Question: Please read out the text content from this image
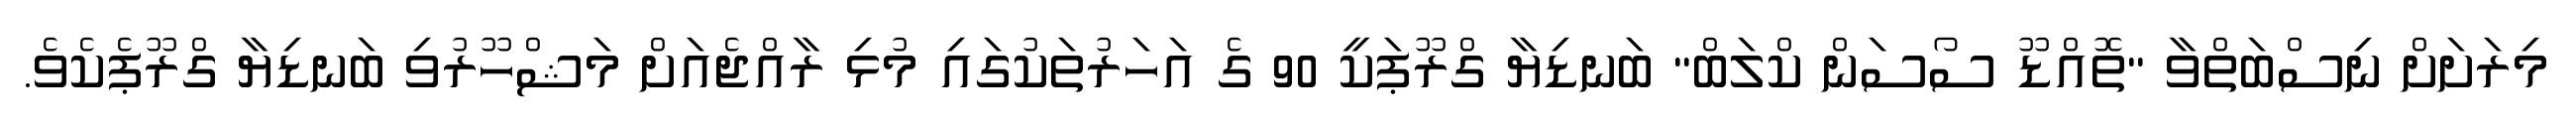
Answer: މިރަށަށް ނިސްބަތްވާ "ތޮއްޑޫ ސޯސަން ކްލަބް" ބަނޑިޔާ ގްރޫޕަކީ 90 ގެ އަހަރުތަކުގައި މުޅި ރާއްޖެއަށް މަޝްހޫރުވި ބަނޑިޔާ ގްރޫޕެކެވެ.